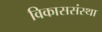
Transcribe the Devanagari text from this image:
विकाससंस्था